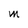
Character: M